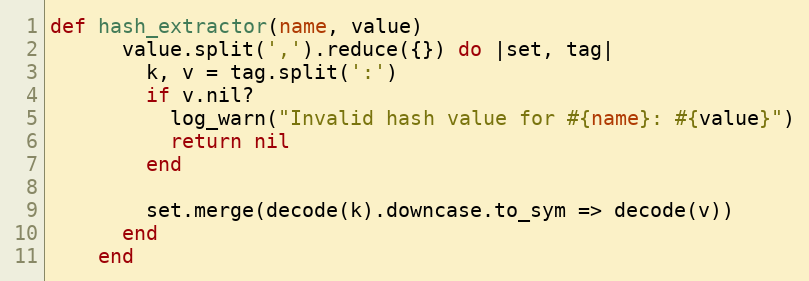
Language: Ruby
def hash_extractor(name, value)
      value.split(',').reduce({}) do |set, tag|
        k, v = tag.split(':')
        if v.nil?
          log_warn("Invalid hash value for #{name}: #{value}")
          return nil
        end

        set.merge(decode(k).downcase.to_sym => decode(v))
      end
    end